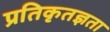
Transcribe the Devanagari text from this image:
प्रतिकृतज्ञता